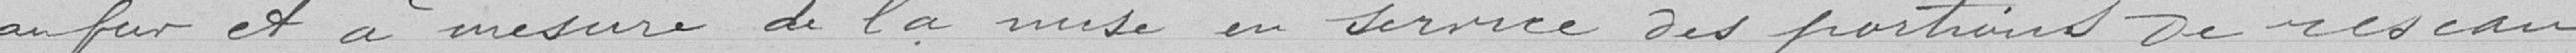
au fur et à mesure de la mise en service des portions de réseau